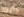
رأيته